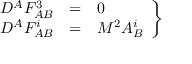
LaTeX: \left. \begin{array} { c c l } { { D ^ { A } F _ { A B } ^ { 3 } } } & { { = } } & { { 0 } } \\ { { D ^ { A } F _ { A B } ^ { i } } } & { { = } } & { { M ^ { 2 } A _ { B } ^ { i } } } \end{array} \right\}